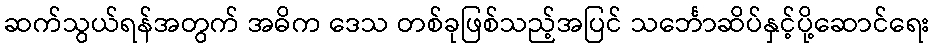
ဆက်သွယ်ရန်အတွက် အဓိက ဒေသ တစ်ခုဖြစ်သည့်အပြင် သင်္ဘောဆိပ်နှင့်ပို့ဆောင်ရေး